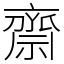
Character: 齋